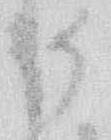
御